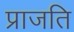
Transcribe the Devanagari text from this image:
प्राजति